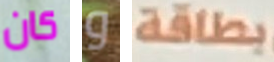
كان و بطاقة